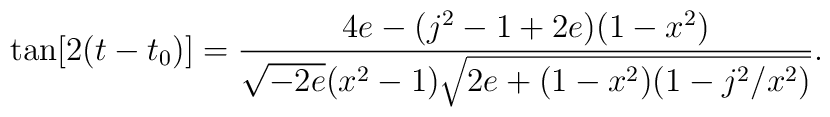
\tan[2(t-t_0)]=\frac{4e-(j^2-1+2e)(1-x^2)}{\sqrt{-2e}(x^2-1)\sqrt{2e+(1-x^2)(1-j^2/x^2)}}.